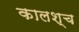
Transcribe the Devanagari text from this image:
कालश्च